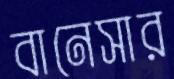
বানেসার